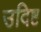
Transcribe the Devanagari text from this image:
उदिष्ट